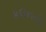
કલનની